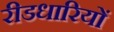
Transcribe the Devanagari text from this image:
रीडधारियों